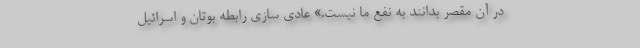
در آن مقصر بدانند به نفع ما نیست.» عادی سازی رابطه بوتان و اسرائیل